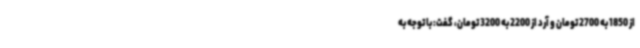
از 1850 به 2700 تومان و آرد از 2200 به 3200 تومان، گفت: با توجه به